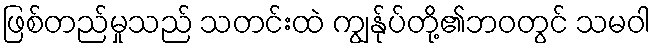
ဖြစ်တည်မှုသည် သတင်းထဲ ကျွန်ုပ်တို့၏ဘဝတွင် သမဝါ